Civil Veterinary Dept. North-West Frontier Province 1933-46 - 1933-1946
Year: 1933
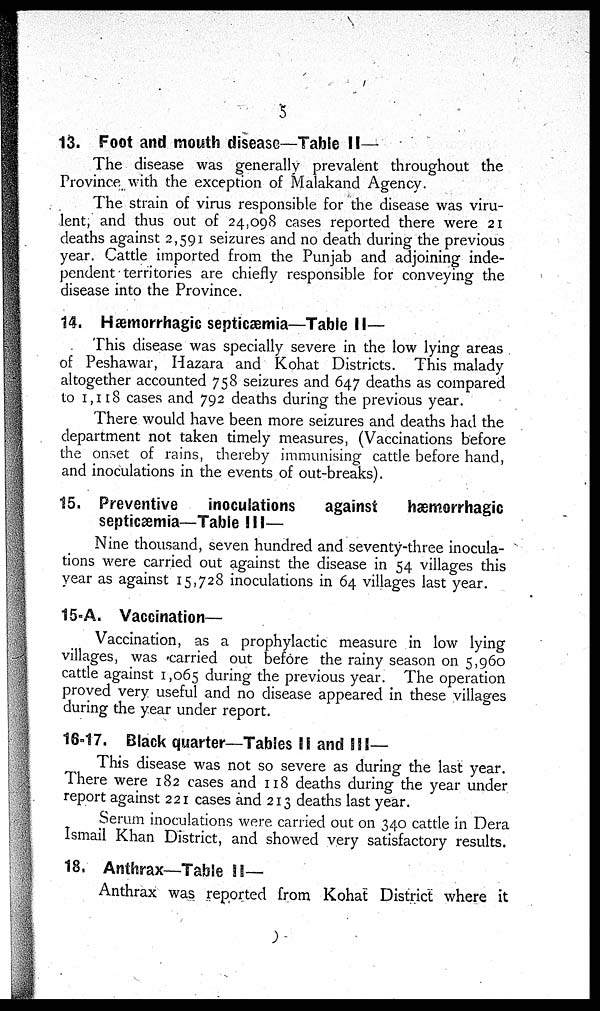
5
13. Foot and mouth disease—Table II—
The disease was generally prevalent throughout the
Province with the exception of Malakand Agency.
The strain of virus responsible for the disease was viru-
lent, and thus out of 24,098 cases reported there were 21
deaths against 2,591 seizures and no death during the previous
year. Cattle imported from the Punjab and adjoining inde-
pendent territories are chiefly responsible for conveying the
disease into the Province.
14. Hæmorrhagic septicæmia—Table II—
This disease was specially severe in the low lying areas
of Peshawar, Hazara and Kohat Districts. This malady
altogether accounted 758 seizures and 647 deaths as compared
to 1,118 cases and 792 deaths during the previous year.
There would have been more seizures and deaths had the
department not taken timely measures, (Vaccinations before
the onset of rains, thereby immunising cattle before hand,
and inoculations in the events of out-breaks).
15. Preventive
inoculations
against
hæmorrhagic
septicæmia—Table III—
Nine thousand, seven hundred and seventy-three inocula-
tions were carried out against the disease in 54 villages this
year as against 15,728 inoculations in 64 villages last year.
15-A. Vaccination—
Vaccination, as a prophylactic measure in low lying
villages, was carried out before the rainy season on 5,960
cattle against 1,065 during the previous year. The operation
proved very useful and no disease appeared in these villages
during the year under report.
16-17. Black quarter—Tables II and III—
This disease was not so severe as during the last year.
There were 182 cases and 118 deaths during the year under
report against 221 cases and 213 deaths last year.
Serum inoculations were carried out on 340 cattle in Dera
Ismail Khan District, and showed very satisfactory results.
18. Anthrax—Table II—
Anthrax was reported from Kohat District where it